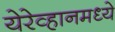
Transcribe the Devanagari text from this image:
येरेव्हानमध्ये